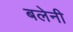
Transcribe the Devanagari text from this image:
बलेनी